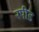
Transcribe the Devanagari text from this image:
रपीड